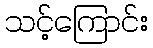
သင့်ကြောင်း